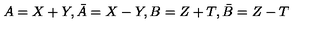
A = X + Y , \bar { A } = X - Y , B = Z + T , \bar { B } = Z - T